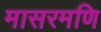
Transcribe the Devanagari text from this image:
मासरमणि